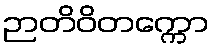
ဉာတိဝိတက္ကော